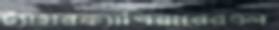
ট্যাহারক্যাশিয়ারেরএল